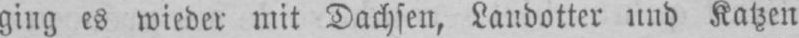
ging es wieder mit Dachsen, Landotter und Katzen